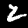
Label: 2